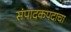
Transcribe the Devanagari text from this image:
संपादकपदाचा